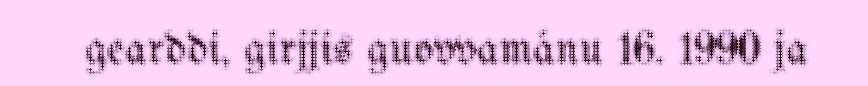
gearddi, girjjis guovvamánu 16. 1990 ja